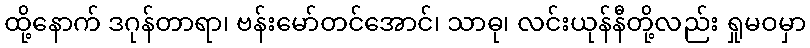
ထို့နောက် ဒဂုန်တာရာ၊ ဗန်းမော်တင်အောင်၊ သာဓု၊ လင်းယုန်နီတို့လည်း ရှုမဝမှာ